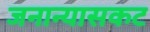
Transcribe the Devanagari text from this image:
जनान्यासकट